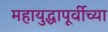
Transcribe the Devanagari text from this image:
महायुद्धापूर्वीच्या